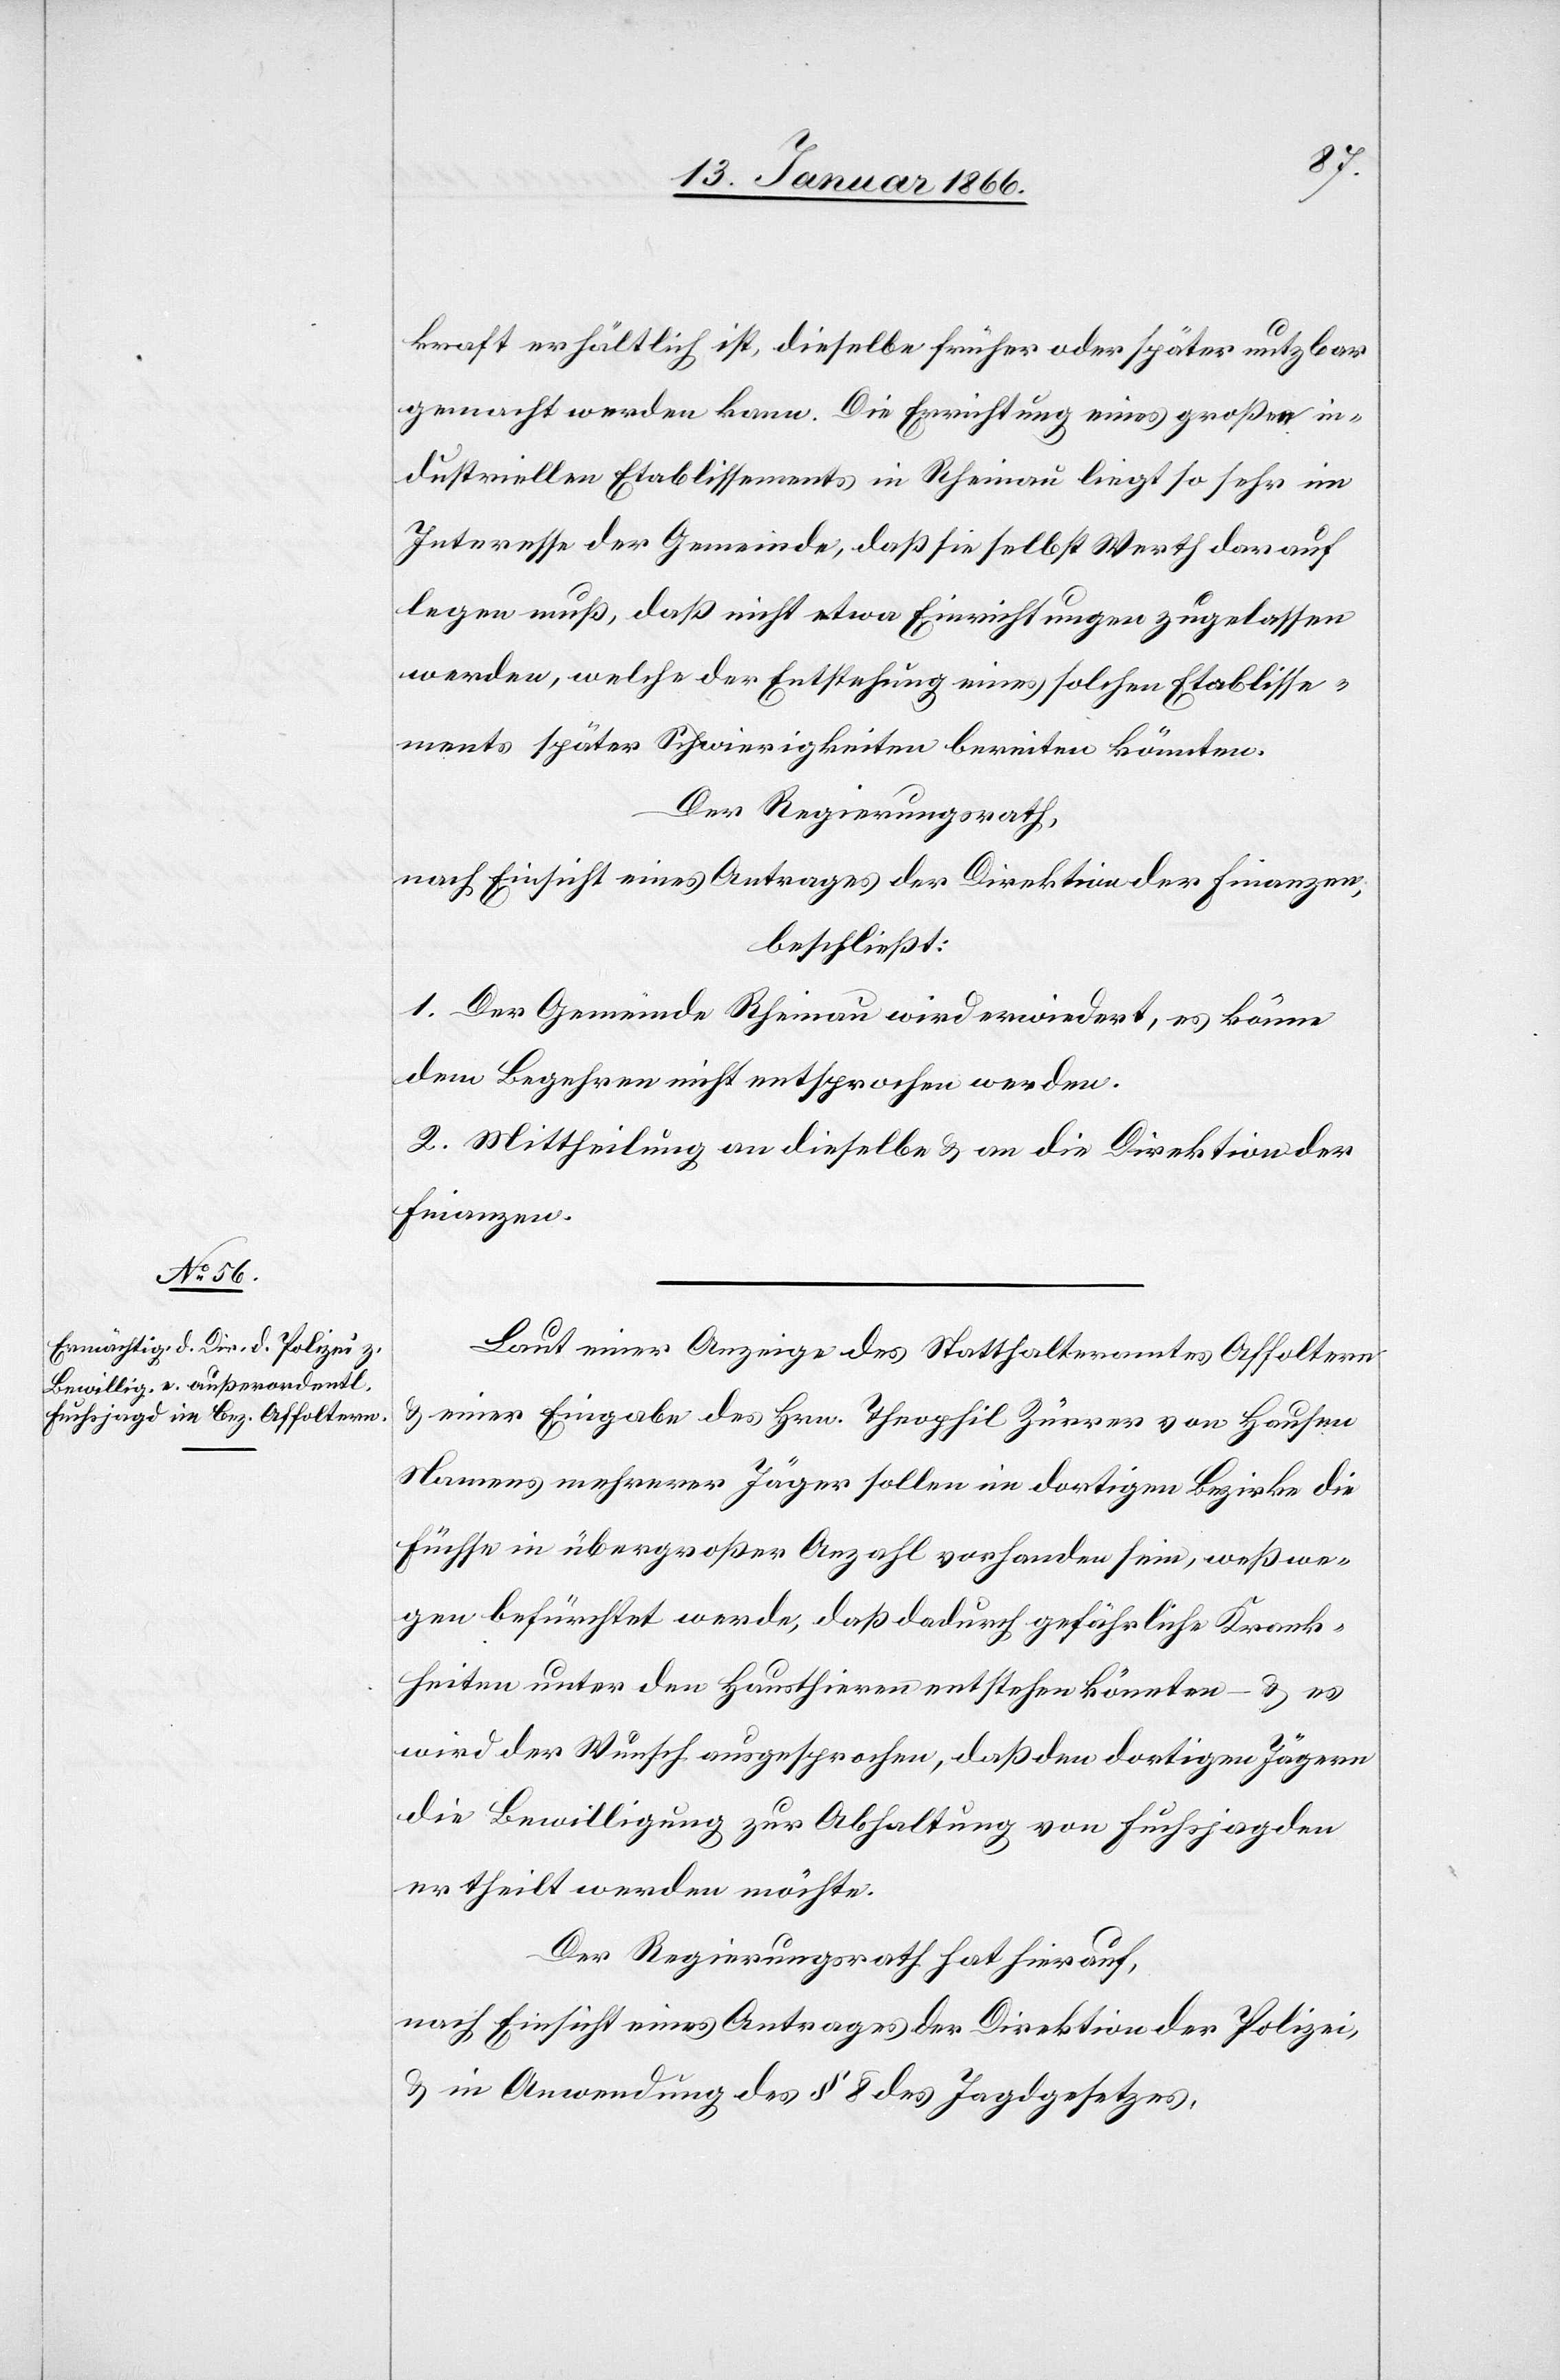
kraft erhältlich ist, dieselbe früher oder später nutzbar
gemacht werden kann. Die Errichtung eines großen in¬
dustriellen Etablissements in Rheinau liegt so sehr im
Interesse der Gemeinde, daß sie selbst Werth darauf
legen muß, daß nicht etwa Einrichtungen zugelassen
werden, welche der Entstehung eines solchen Etablisse¬
ments später Schwierigkeiten bereiten könnten.
Der Regierungsrath,
nach Einsicht eines Antrages der Direktion der Finanzen,
beschließt:
1. Der Gemeinde Rheinau wird erwiedert, es könne
dem Begehren nicht entsprochen werden.
2. Mittheilung an dieselbe u. an die Direktion der
Finanzen.
Laut einer Anzeige des Statthalteramtes Affoltern
u. einer Eingabe des Hrn. Theophil Zürrer von Hausen
Namens mehrerer Jäger sollen im dortigen Bezirke die
Füchse in übergroßer Anzahl vorhanden sein, weßwe¬
gen befürchtet werde, daß dadurch gefährliche Krank¬
heiten unter den Haustieren entstehen könnten – u. es
wird der Wunsch ausgesprochen, daß den dortigen Jägern
die Bewilligung zu Abhaltung von Fuchsjagden
ertheilt werden möchte.
Der Regierungsrath hat hierauf,
nach Einsicht eines Antrages der Direktion der Polizei,
u. in Anwendung des § 8 des Jagdgesetzes,